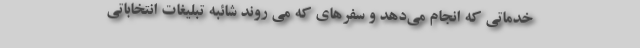
خدماتی که انجام می‌دهد و سفرهای که می روند شائبه تبلیغات انتخاباتی